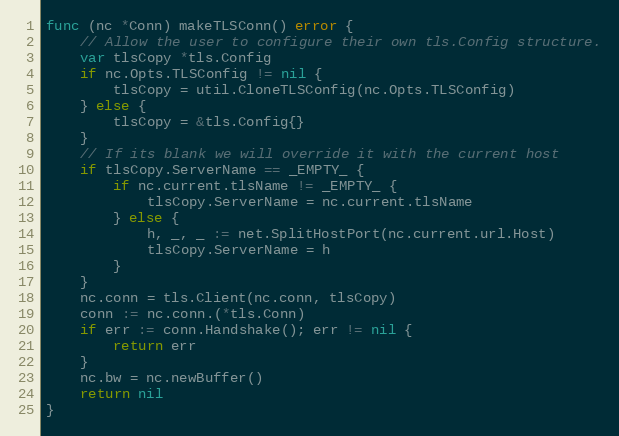
Language: Go
func (nc *Conn) makeTLSConn() error {
	// Allow the user to configure their own tls.Config structure.
	var tlsCopy *tls.Config
	if nc.Opts.TLSConfig != nil {
		tlsCopy = util.CloneTLSConfig(nc.Opts.TLSConfig)
	} else {
		tlsCopy = &tls.Config{}
	}
	// If its blank we will override it with the current host
	if tlsCopy.ServerName == _EMPTY_ {
		if nc.current.tlsName != _EMPTY_ {
			tlsCopy.ServerName = nc.current.tlsName
		} else {
			h, _, _ := net.SplitHostPort(nc.current.url.Host)
			tlsCopy.ServerName = h
		}
	}
	nc.conn = tls.Client(nc.conn, tlsCopy)
	conn := nc.conn.(*tls.Conn)
	if err := conn.Handshake(); err != nil {
		return err
	}
	nc.bw = nc.newBuffer()
	return nil
}